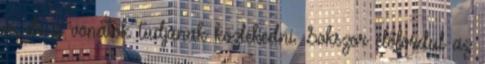
is, de a vonatok tudjanak közlekedni. Sokszor előfordul az